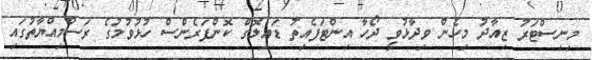
މިނިސްޓަރު ޒިއާދު މިހެން ވިދާޅުވީ ދޯހާ އިންޓަފެއިތު ޑައިލޮގް ކޮންފަރެންސް ހުޅުވުމުގެ ރަސްމިއްޔާތުގައި